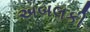
અબલકી